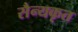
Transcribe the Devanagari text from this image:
सैन्यकृत